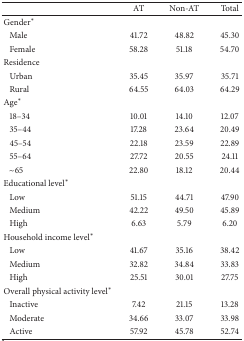
<table><thead><tr><td></td><td><b>AT</b></td><td><b>Non-AT</b></td><td><b>Total</b></td></tr></thead><tbody><tr><td>Gender*</td><td> </td><td> </td><td> </td></tr><tr><td>Male</td><td>41.72</td><td>48.82</td><td>45.30</td></tr><tr><td>Female</td><td>58.28</td><td>51.18</td><td>54.70</td></tr><tr><td>Residence</td><td> </td><td> </td><td> </td></tr><tr><td>Urban</td><td>35.45</td><td>35.97</td><td>35.71</td></tr><tr><td>Rural</td><td>64.55</td><td>64.03</td><td>64.29</td></tr><tr><td>Age*</td><td> </td><td> </td><td> </td></tr><tr><td>18–34</td><td>10.01</td><td>14.10</td><td>12.07</td></tr><tr><td>35–44</td><td>17.28</td><td>23.64</td><td>20.49</td></tr><tr><td>45–54</td><td>22.18</td><td>23.59</td><td>22.89</td></tr><tr><td>55–64</td><td>27.72</td><td>20.55</td><td>24.11</td></tr><tr><td>~65</td><td>22.80</td><td>18.12</td><td>20.44</td></tr><tr><td>Educational level*</td><td> </td><td> </td><td> </td></tr><tr><td>Low</td><td>51.15</td><td>44.71</td><td>47.90</td></tr><tr><td>Medium</td><td>42.22</td><td>49.50</td><td>45.89</td></tr><tr><td>High</td><td>6.63</td><td>5.79</td><td>6.20</td></tr><tr><td>Household income level*</td><td> </td><td> </td><td> </td></tr><tr><td>Low</td><td>41.67</td><td>35.16</td><td>38.42</td></tr><tr><td>Medium</td><td>32.82</td><td>34.84</td><td>33.83</td></tr><tr><td>High</td><td>25.51</td><td>30.01</td><td>27.75</td></tr><tr><td>Overall physical activity level*</td><td> </td><td> </td><td> </td></tr><tr><td>Inactive</td><td>7.42</td><td>21.15</td><td>13.28</td></tr><tr><td>Moderate</td><td>34.66</td><td>33.07</td><td>33.98</td></tr><tr><td>Active</td><td>57.92 </td><td>45.78 </td><td>52.74 </td></tr></tbody></table>